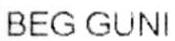
BEG GUNI